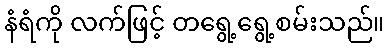
နံရံကို လက်ဖြင့် တရွေ့ရွေ့စမ်းသည်။